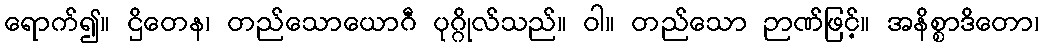
ရောက်၍။ ဌိတေန၊ တည်သောယောဂီ ပုဂ္ဂိုလ်သည်။ ဝါ။ တည်သော ဉာဏ်ဖြင့်။ အနိစ္စာဒိတော၊